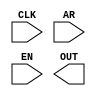
module pc_block(CLK, AR, EN, OUT);
  input wire CLK, AR, EN;
  output wire [3:0] OUT;
  wire [3:0] next_PC;
  reg [3:0] PC;
  assign out = PC | 5'bzzzzz;
  always @ (posedge CLK, posedge AR)
  	begin
  		if(AR == 1'b1)
  			begin
  				PC <= 4'b0000;
  			end
  		else
  			begin
  				PC <= next_PC;
  			end
  	end
  assign next_PC = (EN) ? (PC + 1) : PC;
endmodule